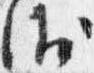
衛